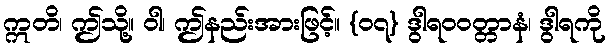
ဣတိ၊ ဤသို့။ ဝါ၊ ဤနည်းအားဖြင့်။ {၀၇} ဒွါရဝဝတ္တာနံ၊ ဒွါရကို